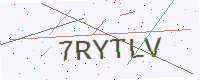
Text: 7RYTLV